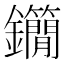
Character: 𨰓